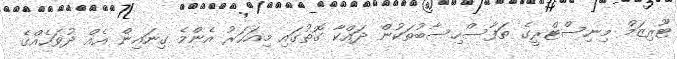
ޓޫރިޒަމް މިނިސްޓްރީގެ ތަފާސްހިސާބުތަކުން ދައްކާ ގޮތުގައި މިއަހަރު އެންމެ ގިނައިން އެއް ދުވަހެއްގެ